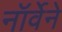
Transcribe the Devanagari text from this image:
नॉर्वेने